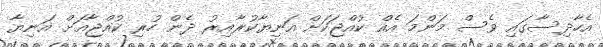
އެހާދިސާގައި ވެސް މަންމަ އެއް ކުއްޖަކަށް އަނިޔާކުރާއިރު ދެން ހުރި ކުއްޖާއަށް އަނިޔާ